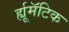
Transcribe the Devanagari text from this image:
र्ह्यूमॅटिक